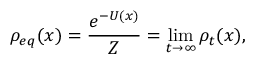
\rho _ { e q } ( x ) = \frac { e ^ { - U ( x ) } } { Z } = \operatorname* { l i m } _ { t \to \infty } \rho _ { t } ( x ) ,